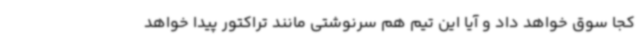
کجا سوق خواهد داد و آیا این تیم هم سرنوشتی مانند تراکتور پیدا خواهد